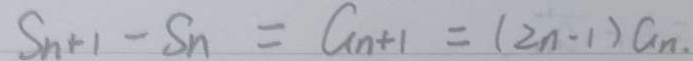
S _ { n + 1 } - S _ { n } = G _ { n + 1 } = ( 2 n - 1 ) G _ { n }